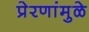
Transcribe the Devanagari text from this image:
प्रेरणांमुळे